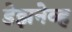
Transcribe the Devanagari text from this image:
डेझनेव्ह